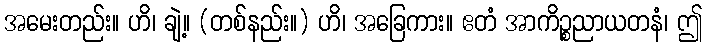
အမေးတည်း။ ဟိ၊ ချဲ့။ (တစ်နည်း။) ဟိ၊ အခြေကား။ ဧတံ အာကိဉ္စညာယတနံ၊ ဤ